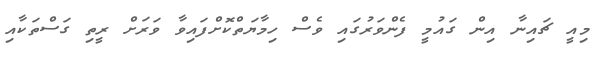
މިއީ ޗައިނާ އިން ގައުމީ ފެންވަރުގައި ވެސް ހިމާޔަތްކޮށްފައިވާ ވަރަށް ރީތި ގަސްތަކާއި